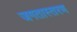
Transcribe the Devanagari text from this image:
जगतास्तरण